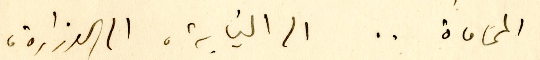
المحاماة .. الى النيابة، الى الوزارة،